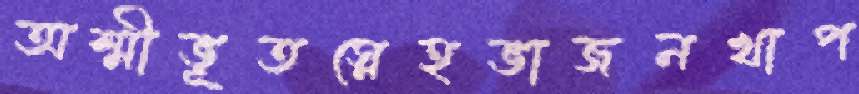
অশ্মীভূতস্নেহভাজনখাপ